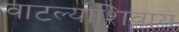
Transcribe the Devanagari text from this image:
वाटल्याशिवाय